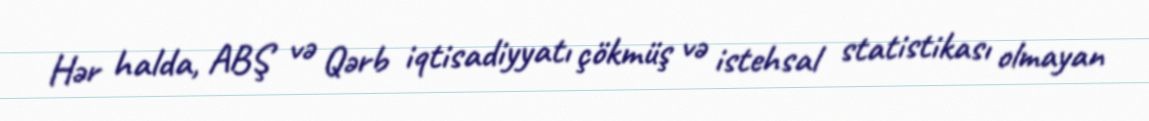
Hər halda, ABŞ və Qərb iqtisadiyyatı çökmüş və istehsal statistikası olmayan